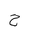
Letter: _ha